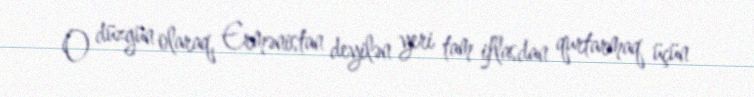
O düzgün olaraq, Ermənistan deyilən yeri tam iflasdan qurtarmaq üçün